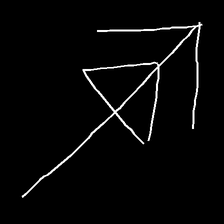
Glyph: pull